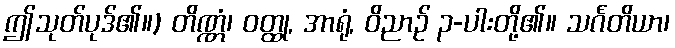
ဤသုတ်ပုဒ်၏။) တိဏ္ဏံ၊ ဝတ္ထု, အာရုံ, ဝိညာဉ် ၃-ပါးတို့၏။ သင်္ဂတိယာ၊